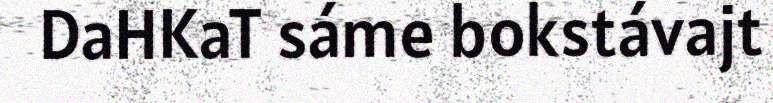
DaHKaT sáme bokstávajt